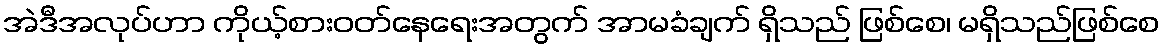
အဲဒီအလုပ်ဟာ ကိုယ့်စားဝတ်နေရေးအတွက် အာမခံချက် ရှိသည် ဖြစ်စေ၊ မရှိသည်ဖြစ်စေ